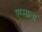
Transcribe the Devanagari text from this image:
एम्माला